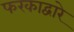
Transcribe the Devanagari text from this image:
फरकाद्वारे